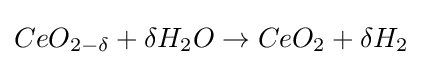
CeO_{2-\delta }+\delta H_{2}O\rightarrow CeO_{2}+\delta H_{2}